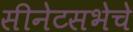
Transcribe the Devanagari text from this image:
सीनेटसभेचे